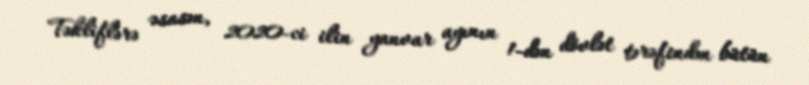
Təkliflərə əsasən, 2020-ci ilin yanvar ayının 1-dən dövlət tərəfindən bütün